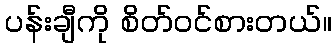
ပန်းချီကို စိတ်ဝင်စားတယ်။